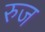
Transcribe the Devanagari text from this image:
रुज